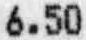
6.50